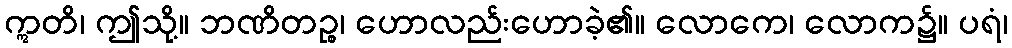
ဣတိ၊ ဤသို့။ ဘဏိတဉ္စ၊ ဟောလည်းဟောခဲ့၏။ လောကေ၊ လောက၌။ ပရံ၊